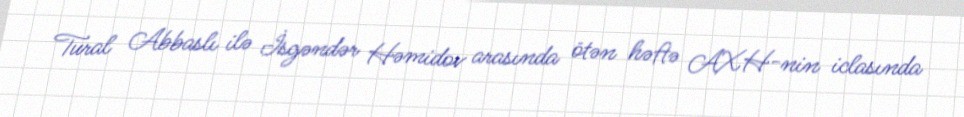
Tural Abbaslı ilə İsgəndər Həmidov arasında ötən həftə AXH-nin iclasında